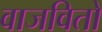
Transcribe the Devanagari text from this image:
वाजवितो